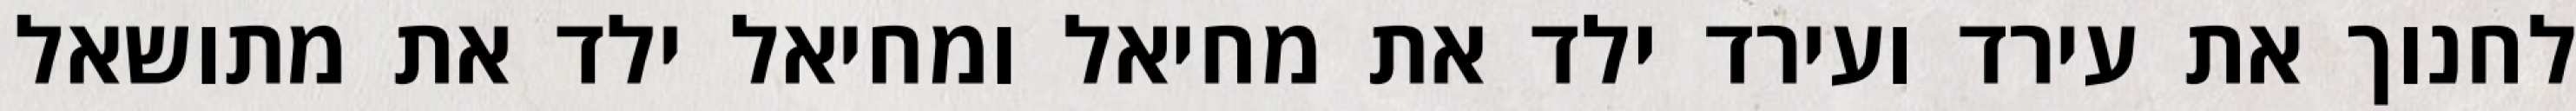
לחנוך את עירד ועירד ילד את מחיאל ומחיאל ילד את מתושאל